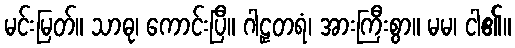
မင်းမြတ်။ သာဓု၊ ကောင်းပြီ။ ဂါဠှတရံ၊ အားကြီးစွာ။ မမ၊ ငါ၏။